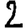
Digit: 2